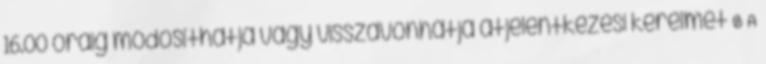
16.00 óráig módosíthatja vagy visszavonhatja átjelentkezési kérelmét Ø A